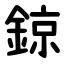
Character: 鍄